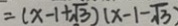
= ( x - 1 + \sqrt { 3 } ) ( x - 1 - \sqrt { 3 } )